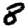
Digit: 8